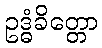
ဥဒ္ဓံခိတ္တော